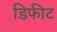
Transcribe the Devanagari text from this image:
डिफीट